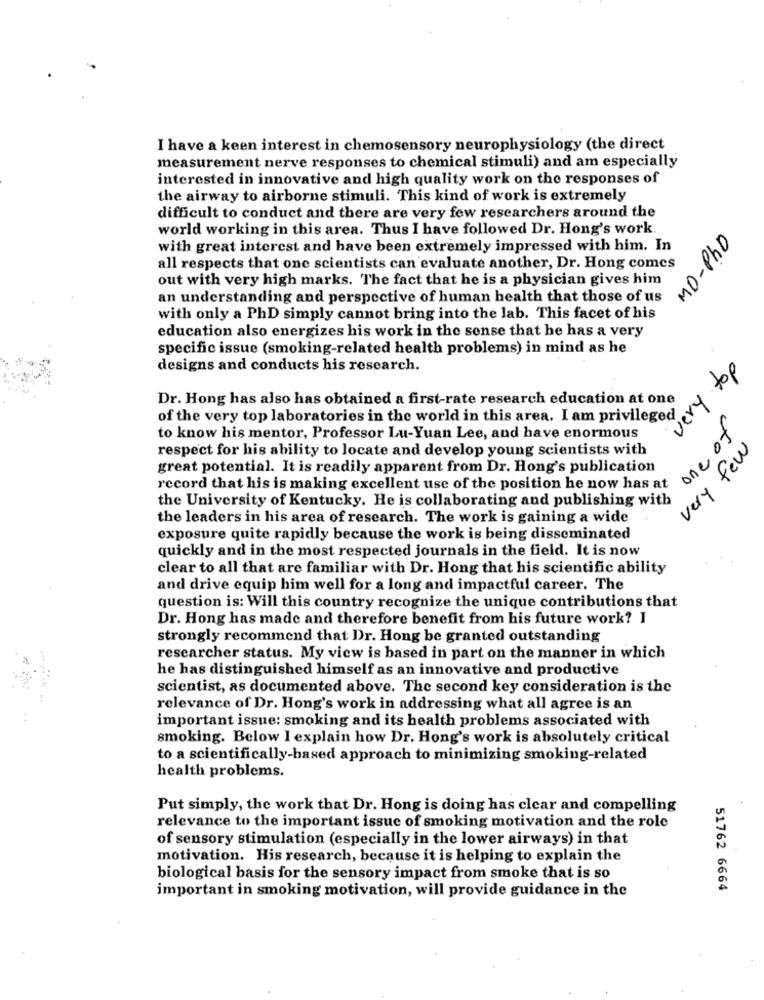
I have a keen interest in chemosensory neurophysiology (the direct
measurement nerve responses to chemical stimuli) and am especially
interested in innovative and high quality work on the responses of
the airway to airborne stimuli. This kind of work is extremely
difficult to conduct and there are very few researchers around the
world working in this area. Thus I have followed Dr. Hong's work.
MO-Pho
with great interest and have been extremely impressed with him. In
all respects that one scientists can evaluate another, Dr. Hong comes
out with very high marks. The fact that he is a physician gives him
an understanding and perspective of human health that those of us
with only a PhD simply cannot bring into the lab. This facet of his
education also energizes his work in the sense that he has a very
specific issue (smoking-related health problems) in mind as he
designs and conducts his research.
very top
Dr. Hong has also has obtained a first-rate research education at one
of the very top laboratories in the world in this area. I am privileged
one of
to know his mentor, Professor Lu-Yuan Lee, and have enormous
respect for his ability to locate and develop young scientists with
very few
great potential. It is readily apparent from Dr. Hong's publication
record that his is making excellent use of the position he now has at
the University of Kentucky. He is collaborating and publishing with
the leaders in his area of research. The work is gaining a wide
exposure quite rapidly because the work is being disseminated
quickly and in the most respected journals in the field. It is now
clear to all that are familiar with Dr. Hong that his scientific ability
and drive equip him well for a long and impactful career. The
question is: Will this country recognize the unique contributions that
Dr. Hong has made and therefore benefit from his future work? I
strongly recommend that Dr. Hong be granted outstanding
researcher status. My view is based in part on the manner in which
he has distinguished himself as an innovative and productive
scientist, as documented above. The second key consideration is the
relevance of Dr. Hong's work in addressing what all agree is an
..
important issue: smoking and its health problems associated with
smoking. Below I explain how Dr. Hong's work is absolutely critical
to a scientifically-based approach to minimizing smoking-related
health problems.
Put simply, the work that Dr. Hong is doing has clear and compelling
relevance to the important issue of smoking motivation and the role
of sensory stimulation (especially in the lower airways) in that
motivation. His research, because it is helping to explain the
biological basis for the sensory impact from smoke that is so
important in smoking motivation, will provide guidance in the
51762 6664